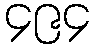
၄၉၄